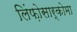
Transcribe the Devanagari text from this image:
लिंफ़ोसार्कोमा